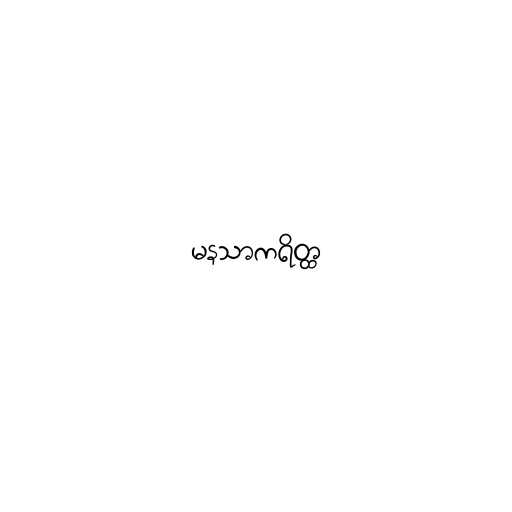
မနသာကရိတ္ထ